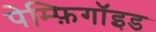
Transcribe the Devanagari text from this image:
पेम्फ़िगॉइड